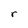
Character: r